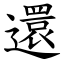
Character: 還